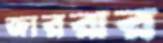
জাররার